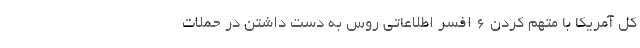
کل آمریکا با متهم کردن ۶ افسر اطلاعاتی روس به دست داشتن در حملات